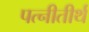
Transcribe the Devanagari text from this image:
पत्नीतीर्थ